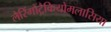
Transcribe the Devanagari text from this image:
लैरिंगोंट्रैकियोमलासिया